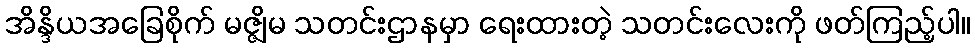
အိန္ဒိယအခြေစိုက် မဇ္ဇျိမ သတင်းဌာနမှာ ရေးထားတဲ့ သတင်းလေးကို ဖတ်ကြည့်ပါ။